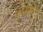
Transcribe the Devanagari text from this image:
गितिविधयां